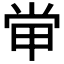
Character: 𡭵